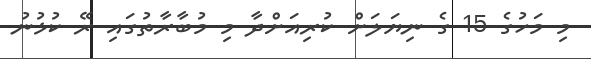
މި މަހުގެ 15 ގެ ނިޔަލަށް ކުރިއަށްދާ މި މުބާރާތުގައި ރޭ ކުޅުނު